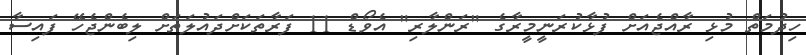
ހިދުމަތް މުޅި ރާއްޖެއަށް ފުޅާކުރަނީމީރާގެ "ރަންލާރި" އެވޯޑް 11 ފަރާތަކަށްދައުލަތަށް ލިބެންޖެހޭ ފައިސާ